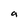
Character: 9